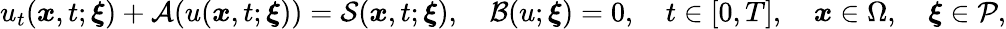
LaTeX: u_{t}(\boldsymbol{x},t;\boldsymbol{\xi})+\mathcal{A}(u(\boldsymbol{x},t;\boldsymbol{\xi}))=\mathcal{S}(\boldsymbol{x},t;\boldsymbol{\xi}),\quad\mathcal{B}(u;\boldsymbol{\xi})=0,\quad t\in[0,T],\quad\boldsymbol{x}\in\Omega,\quad\boldsymbol{\xi}\in\mathcal{P},